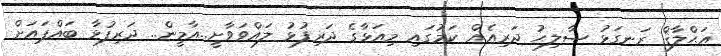
އަޙްލާޤް ރަނގަޅު ޞާލިޙު ދަރިއެއް ކަމުގައި މިއަޅާގެ ދަރިފުޅު ލައްވަވާށީ..އާމީން.. ދަރިފުޅާ ބައްޕައަށް